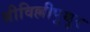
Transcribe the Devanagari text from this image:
श्रीविल्लीपुथुर